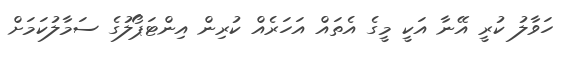
ހަވާލު ކުރީ އޭނާ އަކީ މީގެ އެތައް އަހަރެއް ކުރިން އިންޓަޕޯލުގެ ސަމާލުކަމަށް